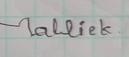
Signature authenticity: forged